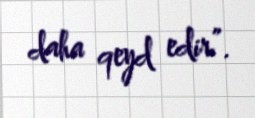
daha qeyd edir”.